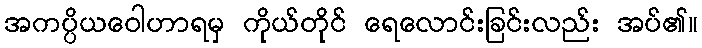
အကပ္ပိယဝေါဟာရမှ ကိုယ်တိုင် ရေလောင်းခြင်းလည်း အပ်၏။